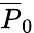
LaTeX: \overline{{P}}_{0}